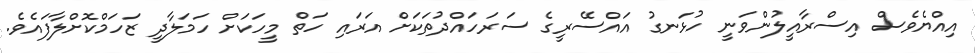
އިއްޔެވެސް އިސްރާއީލުންވަނީ ހުޅަނގު އައްސޭރީގެ ސަރަހައްދުތަކަށް އަރައި ހަތް މީހަކަށް ހަމަލާދީ ޒަހަމްކޮށްލާފައެވެ.